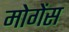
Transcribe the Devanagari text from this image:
मोगेंस